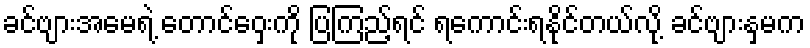
ခင်ဗျားအမေရဲ့ တောင်ဝှေးကို ပြကြည့်ရင် ရကောင်းရနိုင်တယ်လို့ ခင်ဗျားနှမက